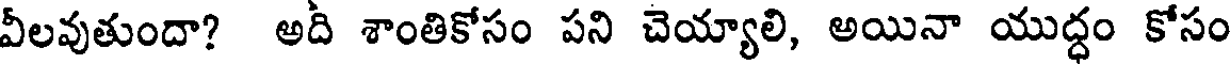
వీలవుతుందా? అది శాంతికోసం పని చెయ్యాలి, అయినా యుద్ధం కోసం